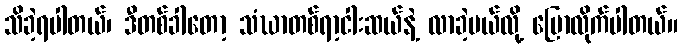
သိခဲ့ရပါတယ်၊ ဒီတစ်ခါတော့ သံဃာတစ်ရာ့ငါးဆယ်နဲ့ လာခဲ့မယ်လို့ ပြောလိုက်ပါတယ်။